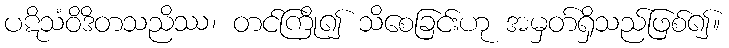
ပဋိသံဝိဒိတသညိဿ၊ တင်ကြို၍ သိစေခြင်းဟု အမှတ်ရှိသည်ဖြစ်၍။